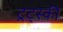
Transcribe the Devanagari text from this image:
ट्रट्स्की